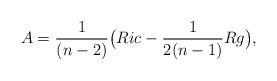
LaTeX: \begin{align*} A = \frac{1}{(n-2)}\big( Ric - \frac{1}{2(n-1)} R g \big),\end{align*}